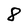
Character: 8